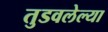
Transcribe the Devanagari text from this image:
तुडवलेल्या